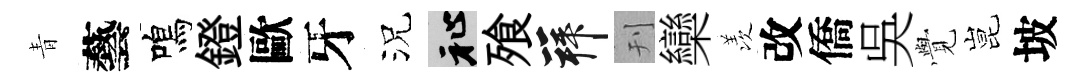
青藝鳴鐙歐牙況祉飱拜刊欒羡改僑吳𮗜昆坡